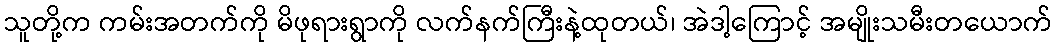
သူတို့က ကမ်းအတက်ကို မိဖုရားရွာကို လက်နက်ကြီးနဲ့ထုတယ်၊ အဲဒါ့ကြောင့် အမျိုးသမီးတယောက်